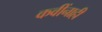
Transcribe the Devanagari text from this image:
कवींनाही